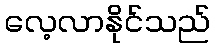
လေ့လာနိုင်သည်